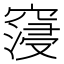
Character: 䆮